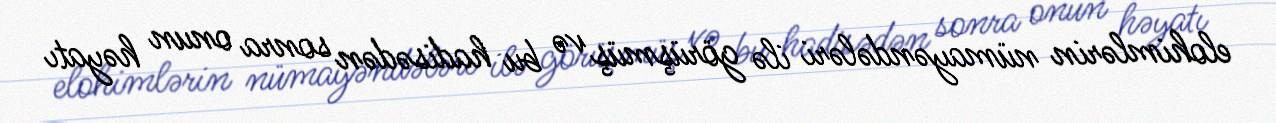
elohimlərin nümayəndələri ilə görüşmüş və bu hadisədən sonra onun həyatı